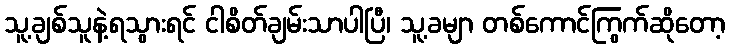
သူ့ချစ်သူနဲ့ရသွားရင် ငါစိတ်ချမ်းသာပါပြီ၊ သူ့ခမျာ တစ်ကောင်ကြွက်ဆိုတော့